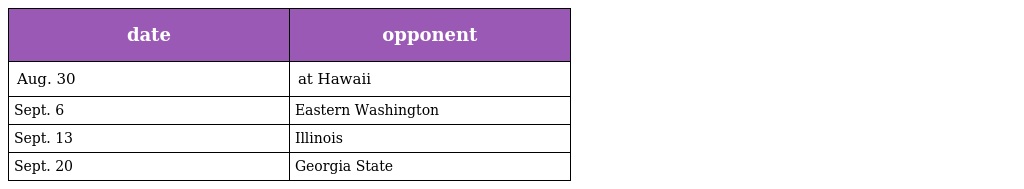
| date | opponent |
 | --- | --- |
 | Aug. 30 | at Hawaii |
 | Sept. 6 | Eastern Washington |
 | Sept. 13 | Illinois |
 | Sept. 20 | Georgia State |